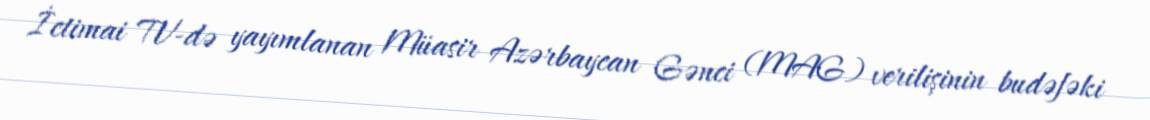
İctimai TV-də yayımlanan Müasir Azərbaycan Gənci (MAG) verilişinin budəfəki